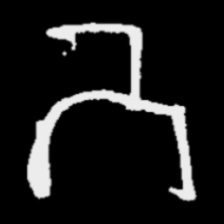
Pyu character \u2014 Myanmar letter: ဘ (romanized: bha)